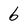
Character: 6